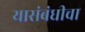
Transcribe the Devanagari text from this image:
यासंबंधीचा